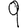
Digit: 9